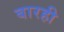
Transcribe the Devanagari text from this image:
बारही